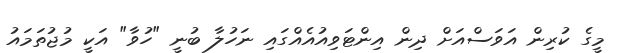
މީގެ ކުރިން އަވަސްއަށް ދިން އިންޓަވިއުއެއްގައި ނަހުލާ ބުނީ "ހުވާ" އަކީ މުޖުތަމައު